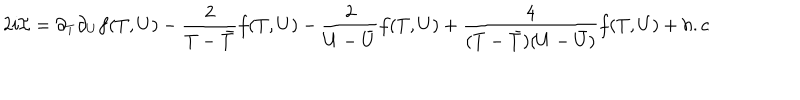
2 i { \cal I } = \partial _ { T } \partial _ { U } f ( T , U ) - \frac { 2 } { T - { \bar { T } } } f ( T , U ) - \frac { 2 } { U - { \bar { U } } } f ( T , U ) + \frac { 4 } { ( T - { \bar { T } } ) ( U - { \bar { U } } ) } f ( T , U ) + h . c